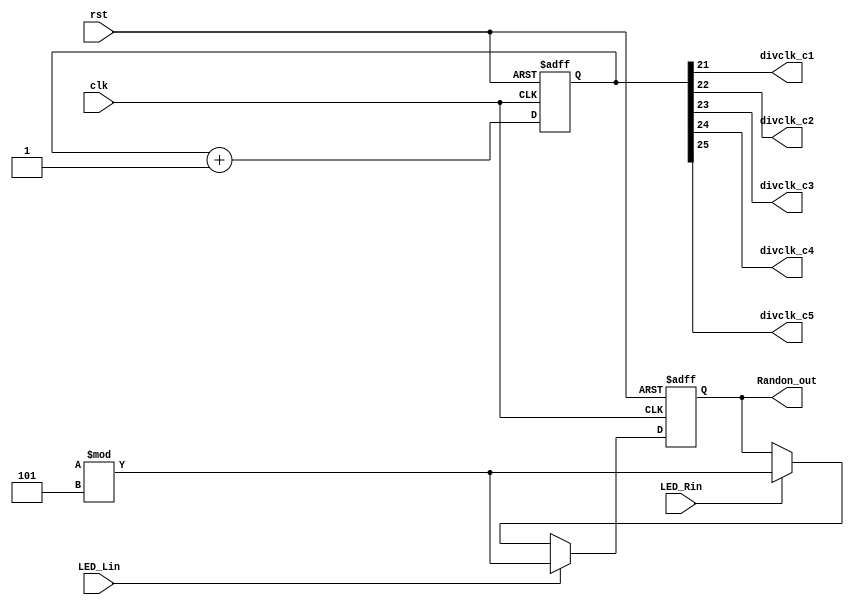
`timescale 1ns / 1ps

module div_ch(divclk_c1,divclk_c2,divclk_c3,divclk_c4,divclk_c5,clk,rst,LED_Lin,LED_Rin,Randon_out); // divclk_2 23@

output divclk_c1,divclk_c2,divclk_c3,divclk_c4,divclk_c5; //divclk_2
output [2:0] Randon_out;
input clk,rst,LED_Lin,LED_Rin;
reg [26:0] divclkcnt;
reg [2:0] rand;  //]y

assign divclk_c1 = divclkcnt[21]; //s
assign divclk_c2 = divclkcnt[22]; //s
assign divclk_c3 = divclkcnt[23]; //s
assign divclk_c4 = divclkcnt[24]; //s
assign divclk_c5 = divclkcnt[25]; //s
assign Randon_out= rand;
 


always@(posedge clk or negedge rst)begin
    if(~rst)
        divclkcnt <= 0;
    else
        divclkcnt <= divclkcnt + 1;
end

always@(posedge clk or negedge rst)begin
    if(~rst)
        rand <= 5'd0;
    else if(LED_Lin) rand <= {$random} % 3'd5; //0to4
    else if(LED_Rin) rand <= {$random} % 3'd5; //0to4
    else rand <= rand;
end


endmodule